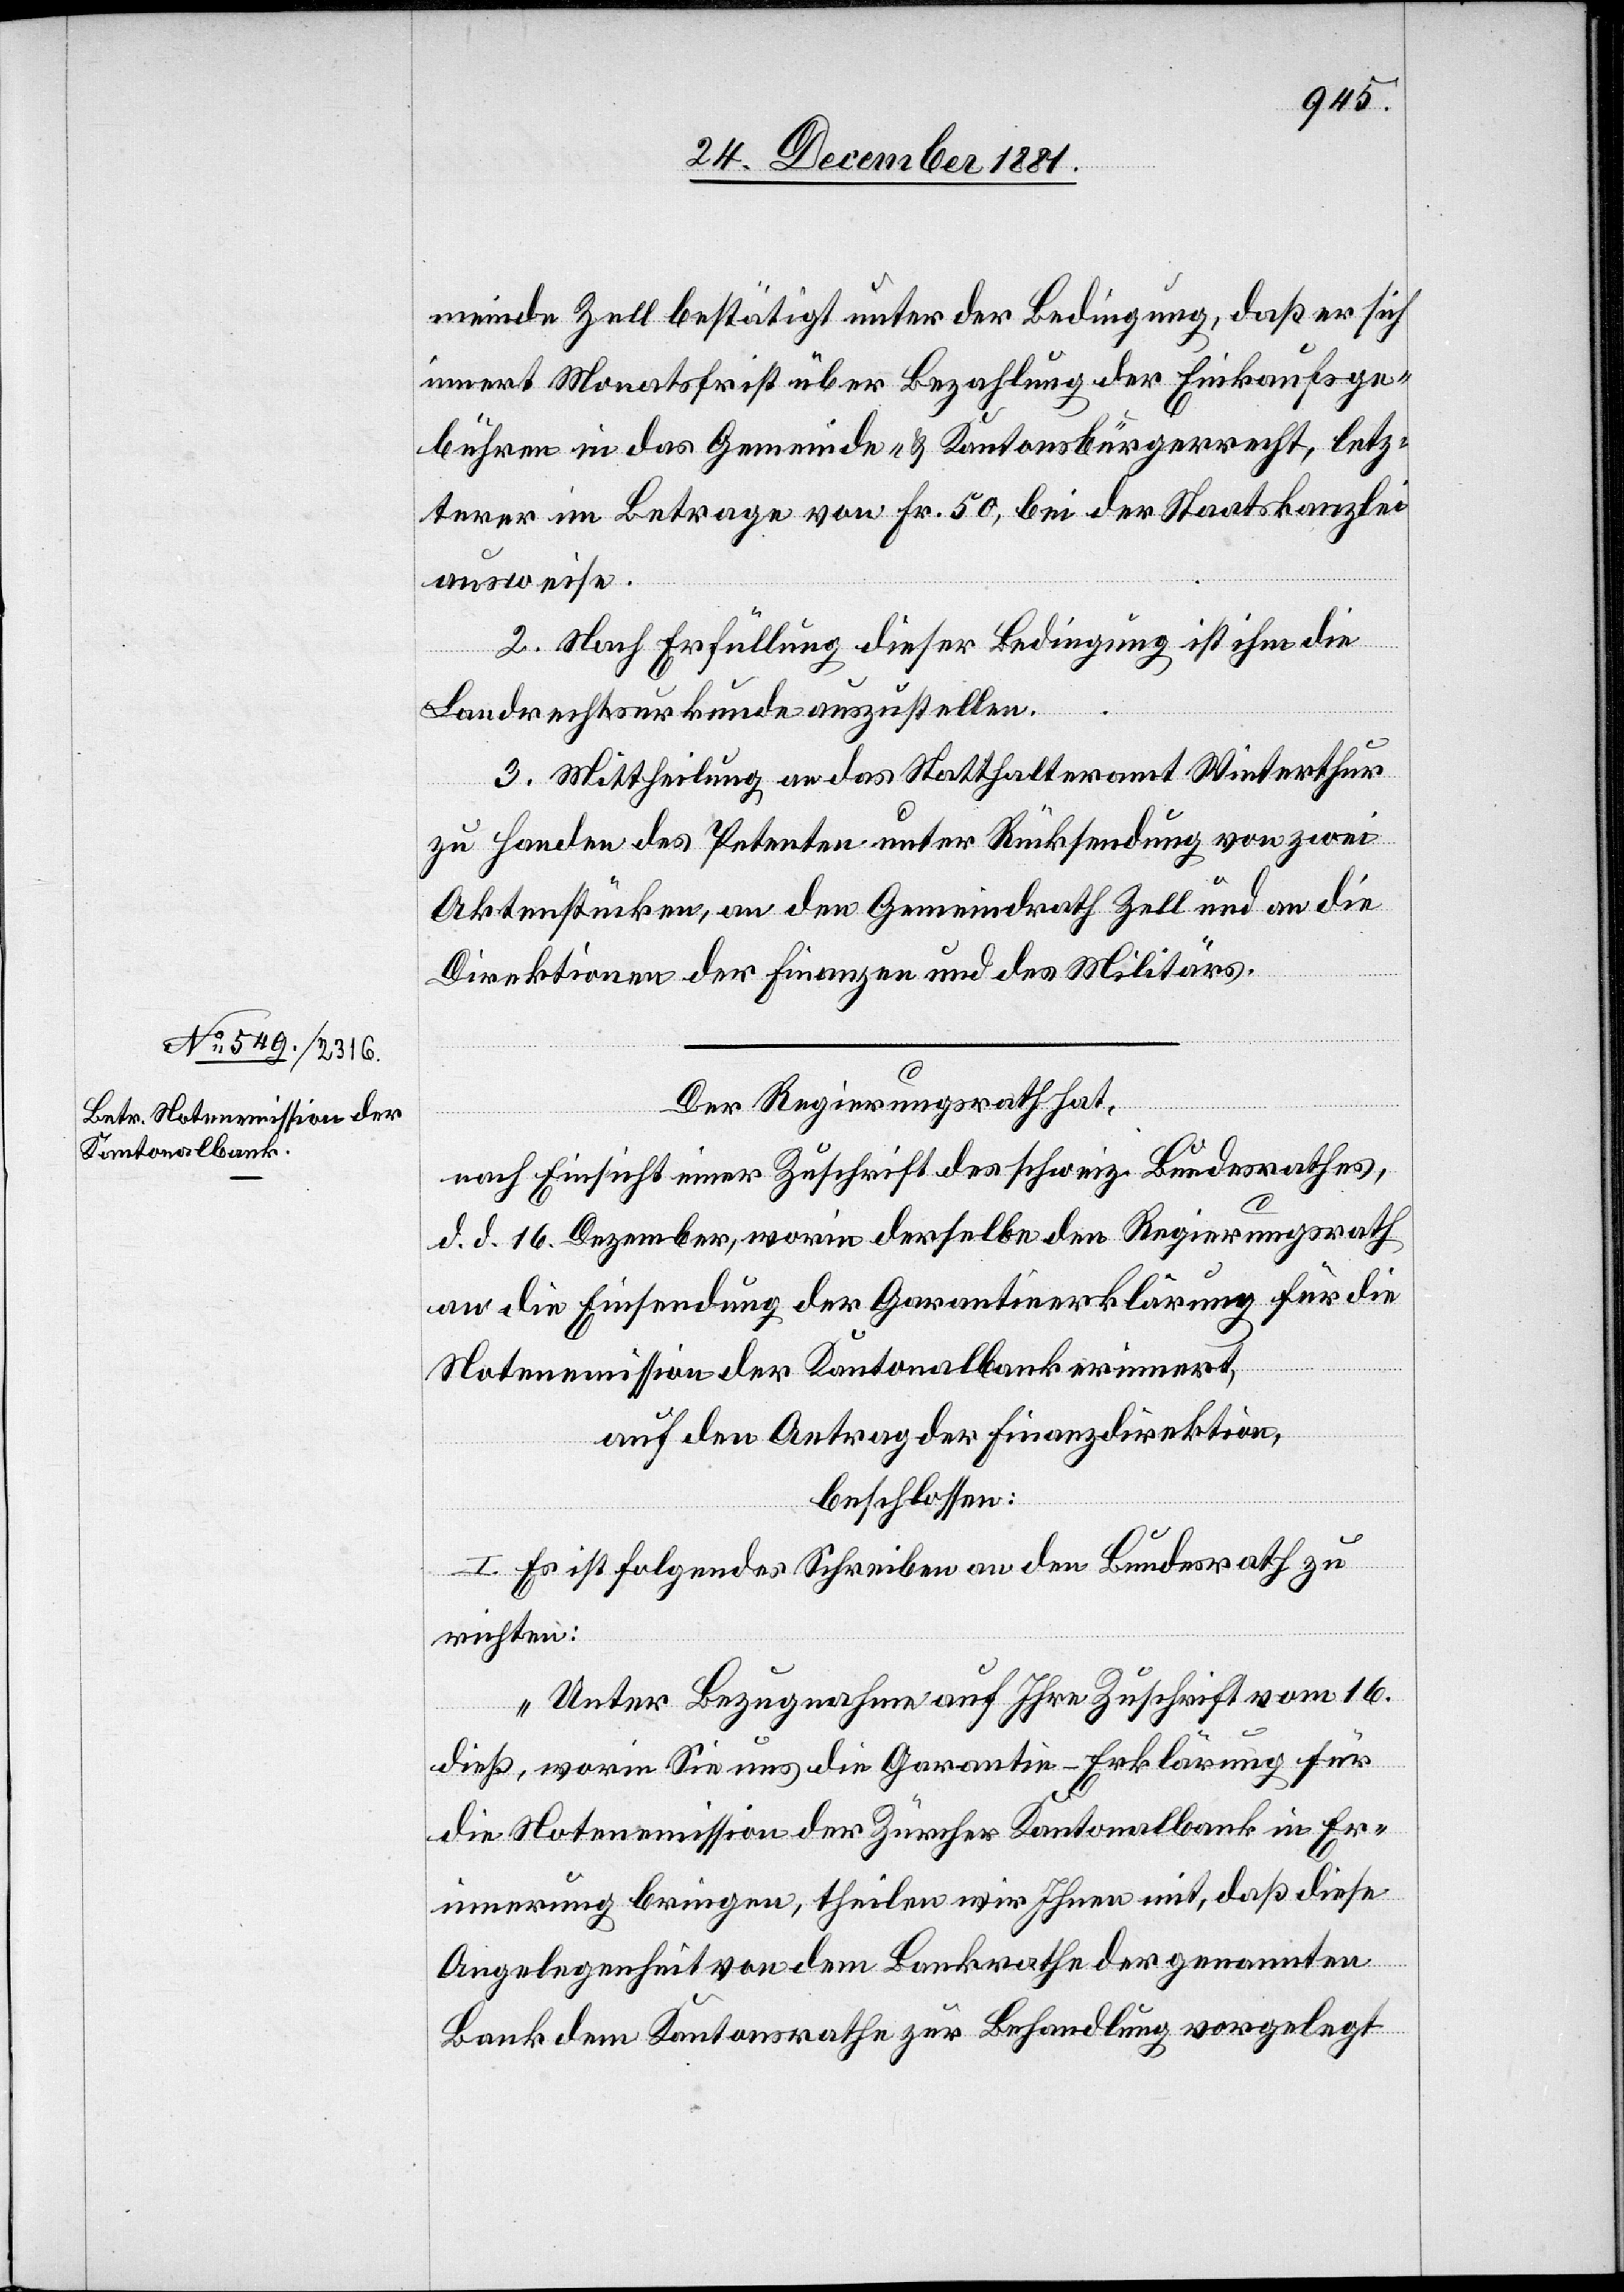
meinde Zell bestätigt unter der Bedingung, daß er sich
innert Monatsfrist über Bezahlung der Einkaufsge¬
bühren in das Gemeinde- & Kantonsbürgerrecht, letz¬
terer im Betrage von Fr. 50, bei der Staatskanzlei
ausweise.
2. Nach Erfüllung dieser Bedingung ist ihm die
Landrechtsurkunde auszustellen.
3. Mittheilung an das Statthalteramt Winterthur
zu Handen des Petenten unter Rücksendung von zwei
Aktenstücken, an den Gemeindrath Zell und an die
Direktionen der Finanzen und des Militärs.
Der Regierungsrath hat,
nach Einsicht einer Zuschrift des schweiz. Bundesrathes,
d. d. 16. Dezember, worin derselbe den Regierungsrath
an die Einsendung der Garantieerklärung für die
Notenemission der Kantonalbank erinnert,
auf den Antrag der Finanzdirektion,
beschlossen:
I. Es ist folgendes Schreiben an den Bundesrath zu
richten:
„Unter Bezugnahme auf Ihre Zuschrift vom 16.
dieß, worin Sie uns die Garantie-Erklärung für
die Notenemission der Zürcher Kantonalbank in Er¬
innerung bringen, theilen wir Ihnen mit, daß diese
Angelegenheit von dem Bankrathe der genannten
Bank dem Kantonsrathe zur Behandlung vorgelegt